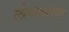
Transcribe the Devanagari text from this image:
लोकलसेवा